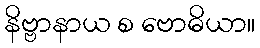
နိဗ္ဗာနာယ စ ဗောဓိယာ။